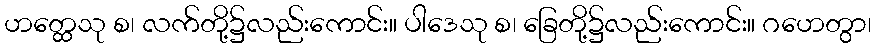
ဟတ္ထေသု စ၊ လက်တို့၌လည်းကောင်း။ ပါဒေသု စ၊ ခြေတို့၌လည်းကောင်း။ ဂဟေတွာ၊